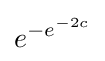
e^{-e^{-2c}}